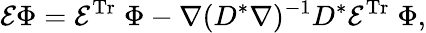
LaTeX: \mathcal{E}\Phi=\mathcal{E}^{\mathrm{{Tr}}}\; \Phi-\nabla(D^{*}\nabla)^{-1}D^{*}\mathcal{E}^{\mathrm{{Tr}}}\; \Phi,